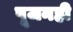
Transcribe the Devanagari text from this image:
पूजनही